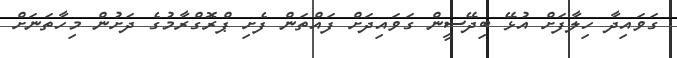
ގަވައިދާ ހިލާފަށް އުޅޭ ބިދޭސީން ގަވައިދަށް ފައްތަން ފެށި ޕްރޮގްރާމުގެ ދަށުން މިހާތަނަށް